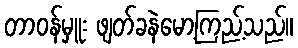
တာဝန်မှူး ဖျတ်ခနဲမော့ကြည့်သည်။